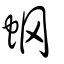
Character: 蝄